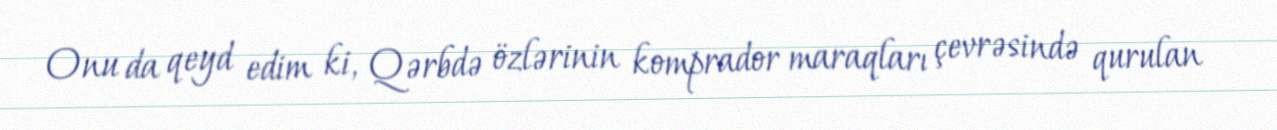
Onu da qeyd edim ki, Qərbdə özlərinin komprador maraqları çevrəsində qurulan